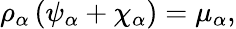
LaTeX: \begin{array}{r}{\rho_{\alpha}\left(\psi_{\alpha}+\chi_{\alpha}\right)=\mu_{\alpha},}\end{array}